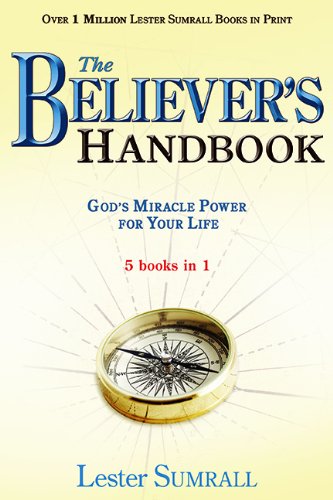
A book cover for Believers Handbook (5 in 1 Anthology); SUMRALL LESTER; Religion & Spirituality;